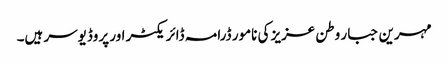
مہرین جبار وطن عزیز کی نامور ڈرامہ ڈائریکٹر اور پروڈیوسر ہیں۔